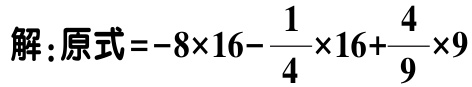
解：原式\(=-8\times16 - \dfrac{1}{4}\times16 + \dfrac{4}{9}\times9\)